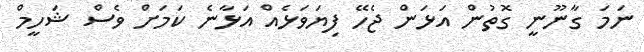
ނަމަ ގާނޫނީ ގޮތުން އަޅަން ޖެހޭ ފިޔަވަޅެއް އަޅާނެ ކަމަށް ވެސް ޝަހީމް